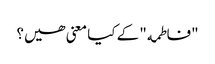
"فاطمه" کے کیا معنی ھیں؟